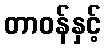
တာဝန်နှင့်